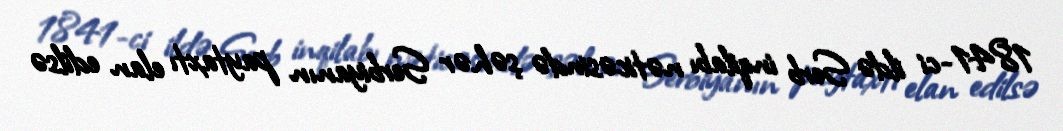
1841-ci ildə Serb inqilabı nəticəsində şəhər Serbiyanın paytaxtı elan edilsə